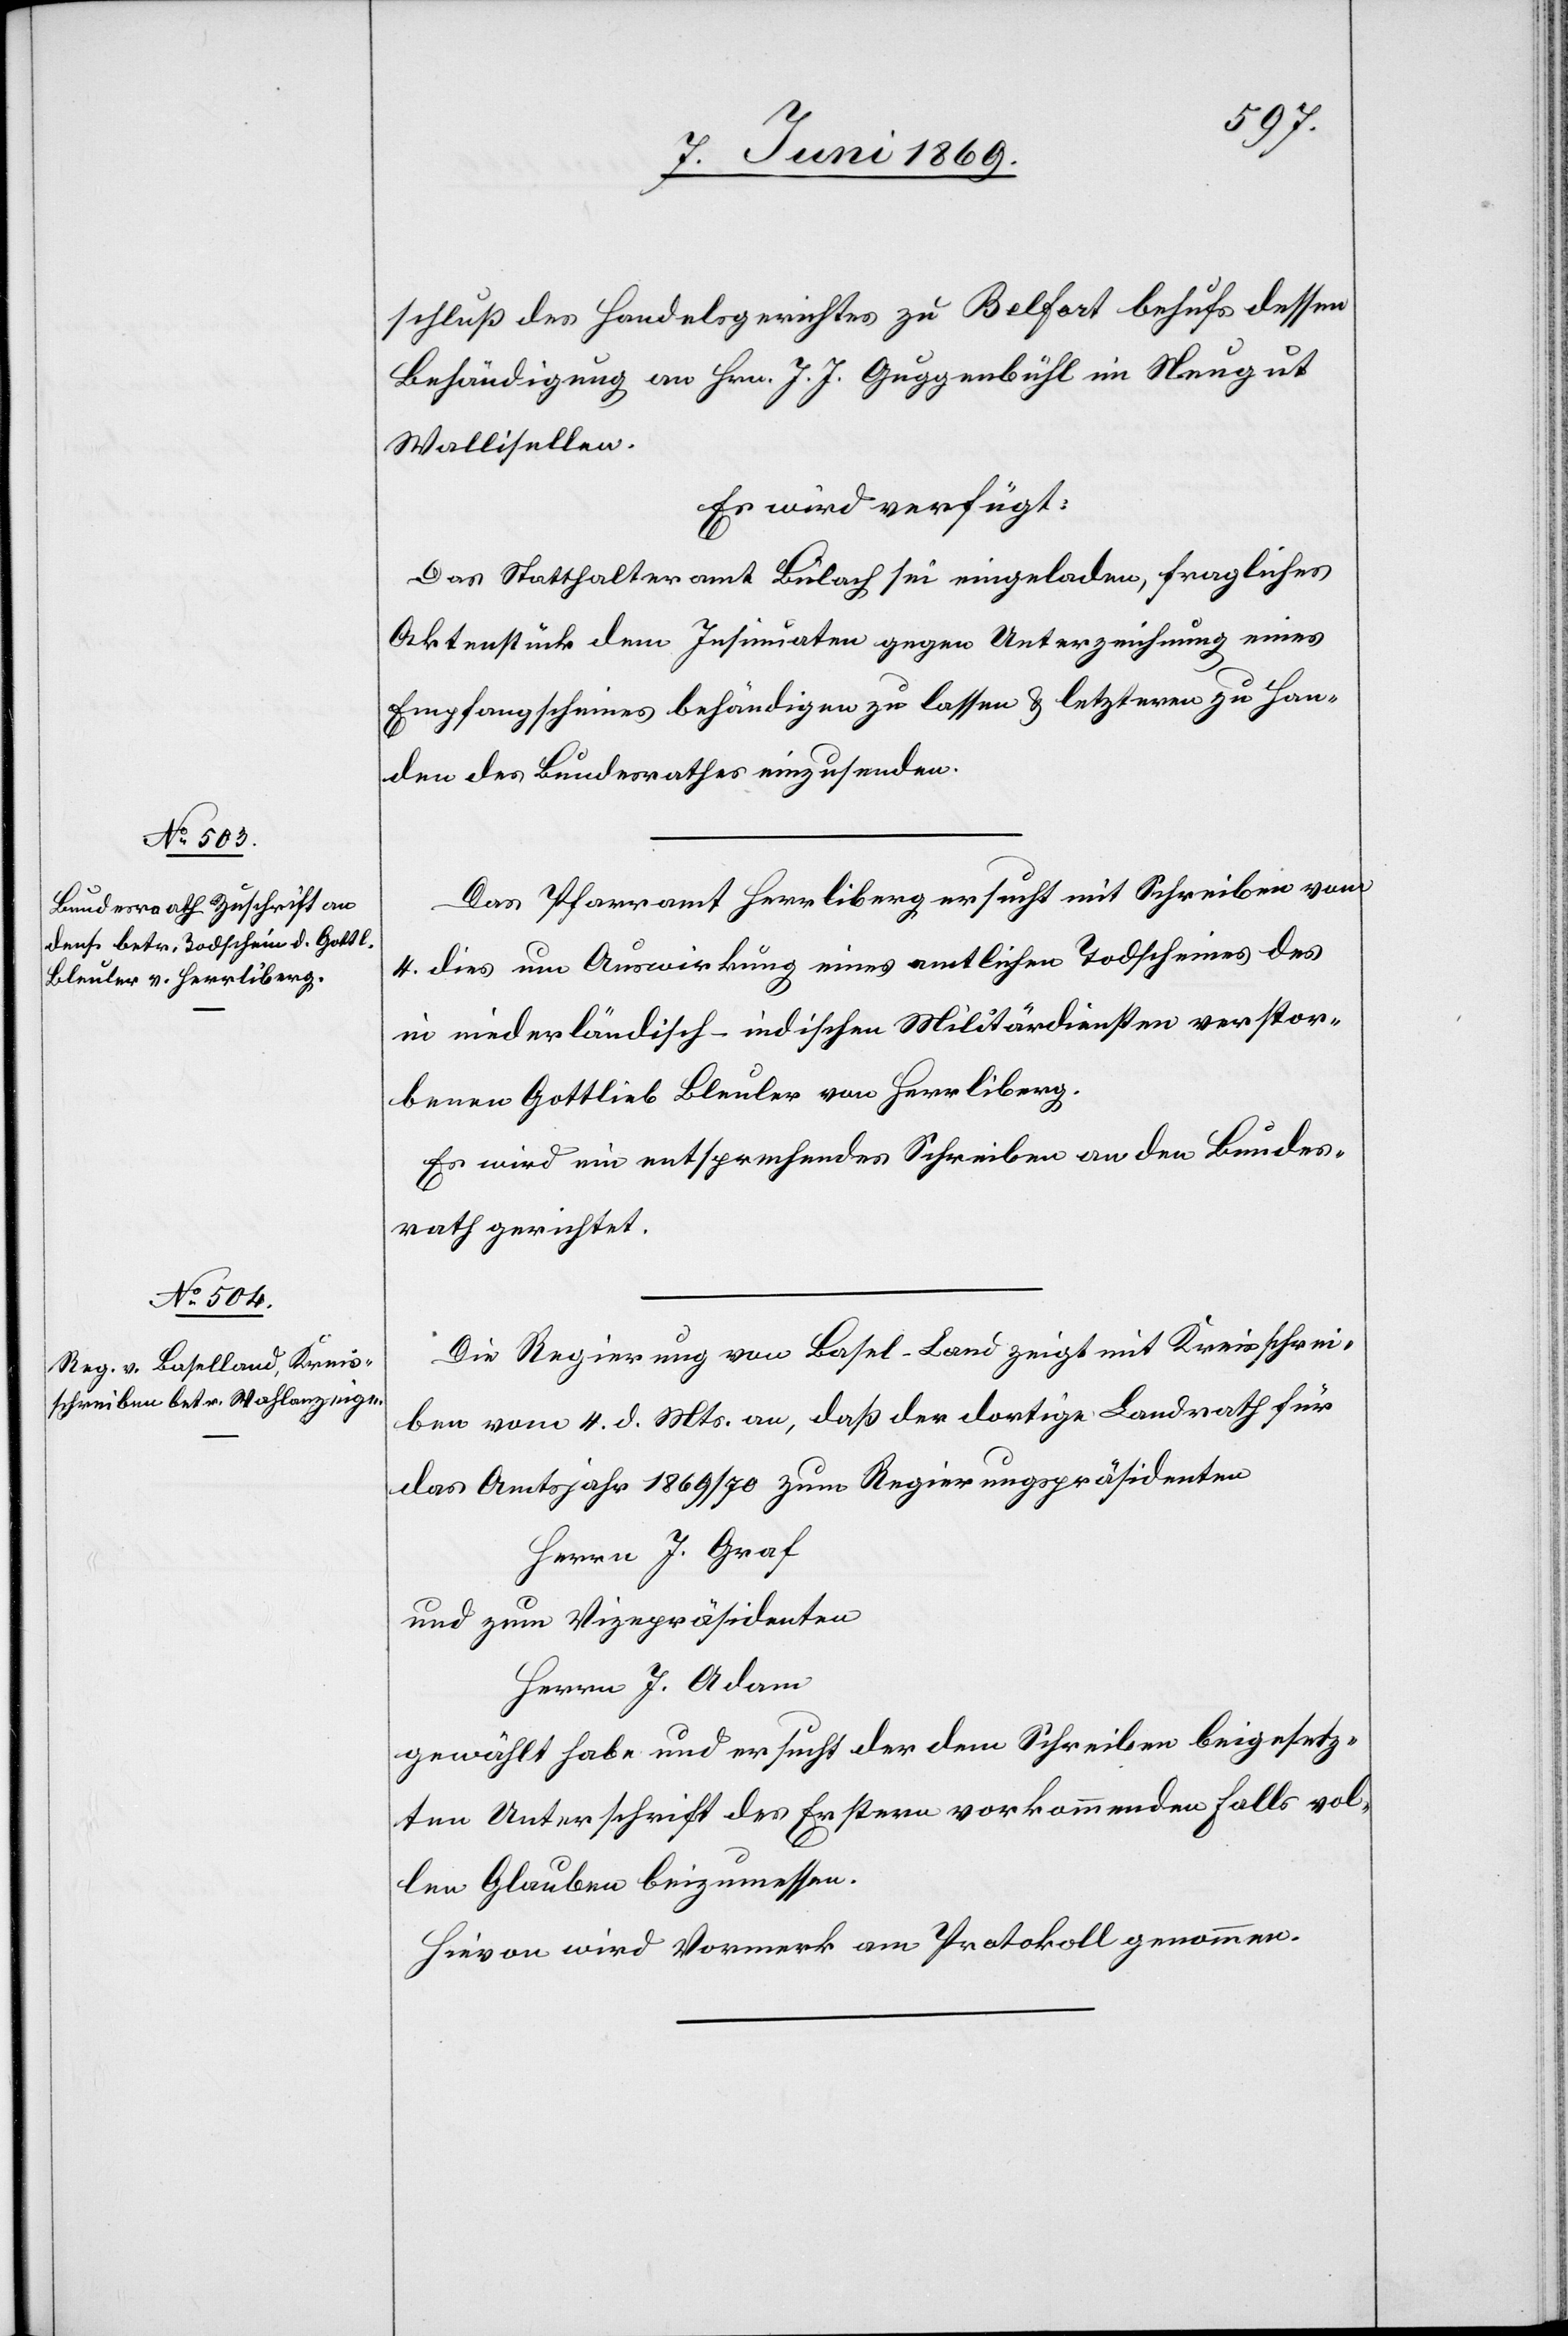
9. Juni 1869.]
schluß des Handelsgerichtes zu Belfort behufs dessen
Behändigung an Hrn. J. J. Guggenbühl im Neugut
Wallisellen.
Es wird verfügt:
Das Statthalteramt Bülach sei eingeladen, fragliches
Aktenstück dem Insinuaten gegen Unterziehung eines
Empfangsscheines behändigen zu lassen u. letztern zu Han¬
den des Bundesrathes einzusenden.
Das Pfarramt Herrliberg ersucht mit Schreiben vom
4. dies um Auswirkung eines amtlichen Todscheines des
in niederländisch-indischen Militärdiensten verstor¬
benen Gottlieb Bleuler von Herrliberg.
Es wird ein entsprechendes Schreiben an den Bundes¬
rath gerichtet.
Die Regierung von Basel-Land zeigt mit Kreisschrei¬
ben vom 4. d. Mts. an, daß der dortige Landrath für
das Amtsjahr 1869/70 zum Regierungspräsidenten
Herrn J. Graf
und zum Vicepräsidenten
Herrn J. Adam
gewählt habe und ersucht der dem Schreiben beigesetz¬
ten Unterschrift des Erstern vorkommenden Falls vol¬
len Glauben beizumessen.
Hievon wird Vormerk am Protokoll genommen.